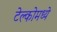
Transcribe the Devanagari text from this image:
टेल्कोमध्ये